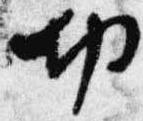
切